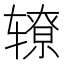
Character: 𰺛